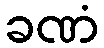
ခဏံ